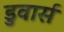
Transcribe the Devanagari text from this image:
डुवार्स